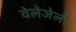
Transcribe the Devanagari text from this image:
वेलेजेली